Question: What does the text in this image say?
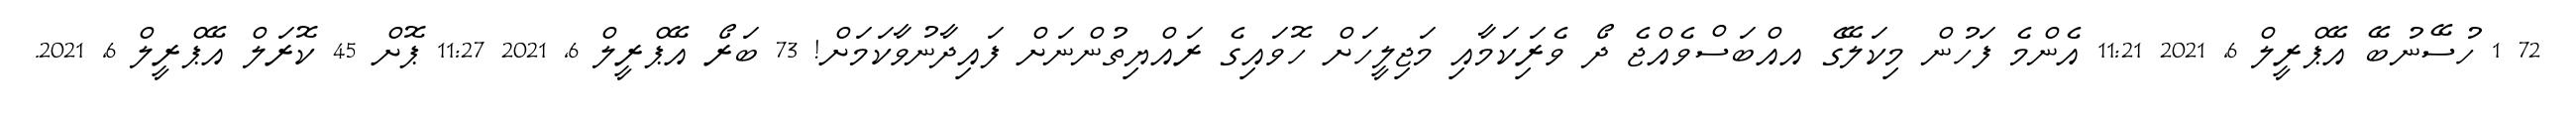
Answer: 72 1 ހުސޭނުބޭ އޭޕްރީލް 6, 2021 11:21 އެންމެ ފަހުން މިކަލޭގެ އއްބަސްވެއްޖެ ދޯ ވެރިަކަމާއި މަޖިލީހަށް ހޮވައިގެ ރައްޔިތުންނަށް ފައިދާނުވާކަމަށް! 73 ބަރޯ އޭޕްރީލް 6, 2021 11:27 ޕޮށް 45 ކޮރަލް އޭޕްރީލް 6, 2021.